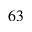
^ { 6 3 }